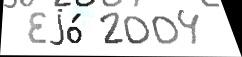
 Еjо́ 2004